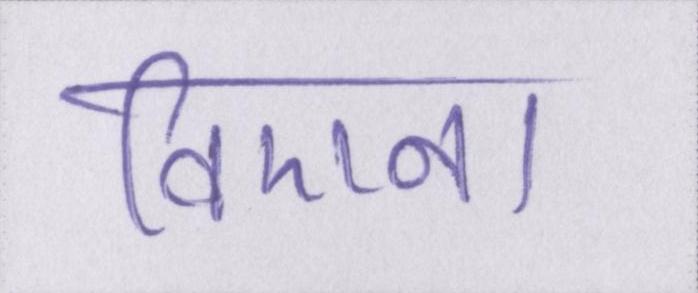
विएना